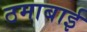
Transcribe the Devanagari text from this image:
ठमाबाई